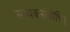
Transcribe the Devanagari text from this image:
सम्यकसंबोधि।